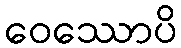
ဝေဿောပိ